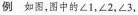
例 如图，图中的∠1，∠2，∠3，